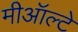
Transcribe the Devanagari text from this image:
मीऑल्टे